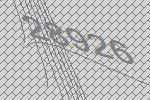
28926